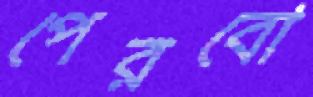
পেরবো